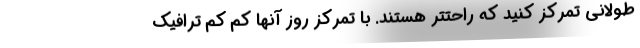
طولانی تمرکز کنید که راحتتر هستند. با تمرکز روز آنها کم کم ترافیک